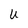
Character: U